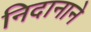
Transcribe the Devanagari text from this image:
निदानाने